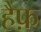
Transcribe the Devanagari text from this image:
हैफ़